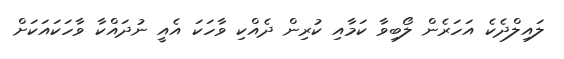
ލައިލްދެކެ އަހަރެން ލޯބިވާ ކަމާއި ކުރިން ދެއްކި ވާހަކަ އެއީ ނުދައްކާ ވާހަކައަކަށް